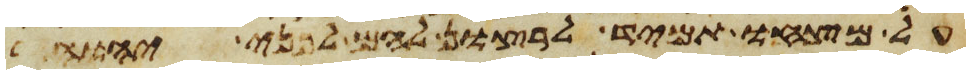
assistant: על מצחו תמיד לרצון להם לפני יהוה